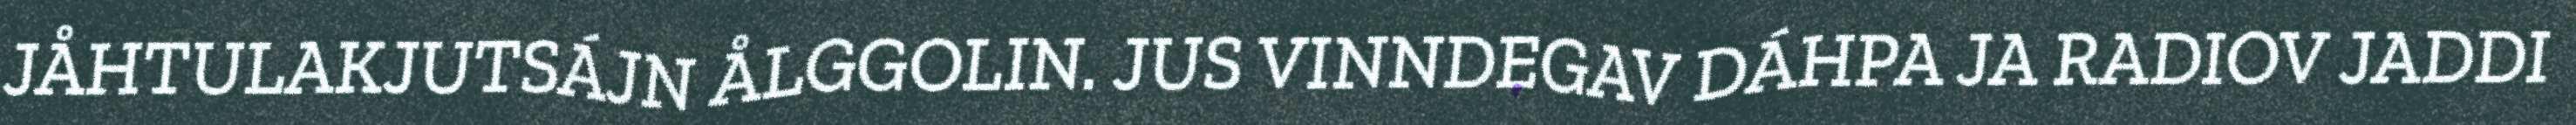
JÅHTULAKJUTSÁJN ÅLGGOLIN. JUS VINNDEGAV DÁHPA JA RADIOV JADDI